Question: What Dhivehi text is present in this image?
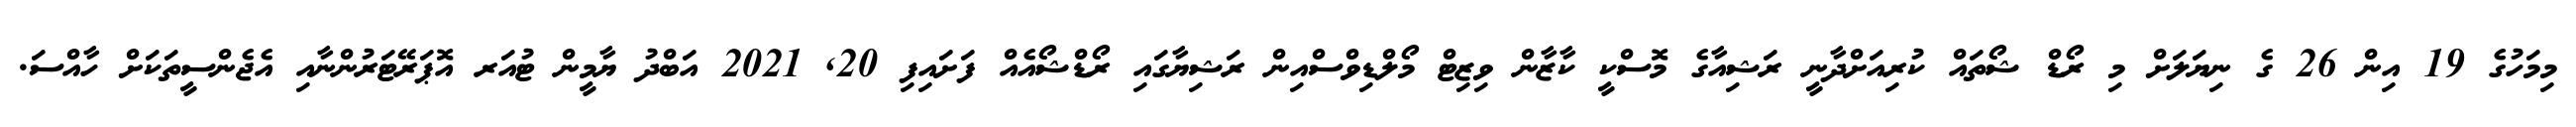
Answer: މިމަހުގެ 19 އިން 26 ގެ ނިޔަލަށް މި ރޯޑް ޝޯތައް ކުރިއަށްދާނީ ރަޝިއާގެ މޮސްކީ ކާޒާން ވިޒިޓް މޯލްޑިވްސްއިން ރަޝިޔާގައި ރޯޑްޝޯއެއް ފަށައިފި 20, 2021 އަބްދު ޔާމީން ޓުއަރ އޮޕަރޭޓަރުންނާއި އެޖެންސީތަކަށް ހާއްސަ.